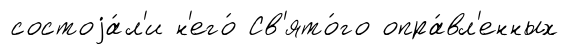
состоjа́л'и н'его́ Св'ято́го опра́вл'енных